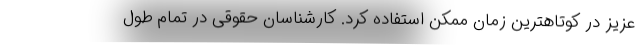
عزیز در کوتاهترین زمان ممکن استفاده کرد. کارشناسان حقوقی در تمام طول